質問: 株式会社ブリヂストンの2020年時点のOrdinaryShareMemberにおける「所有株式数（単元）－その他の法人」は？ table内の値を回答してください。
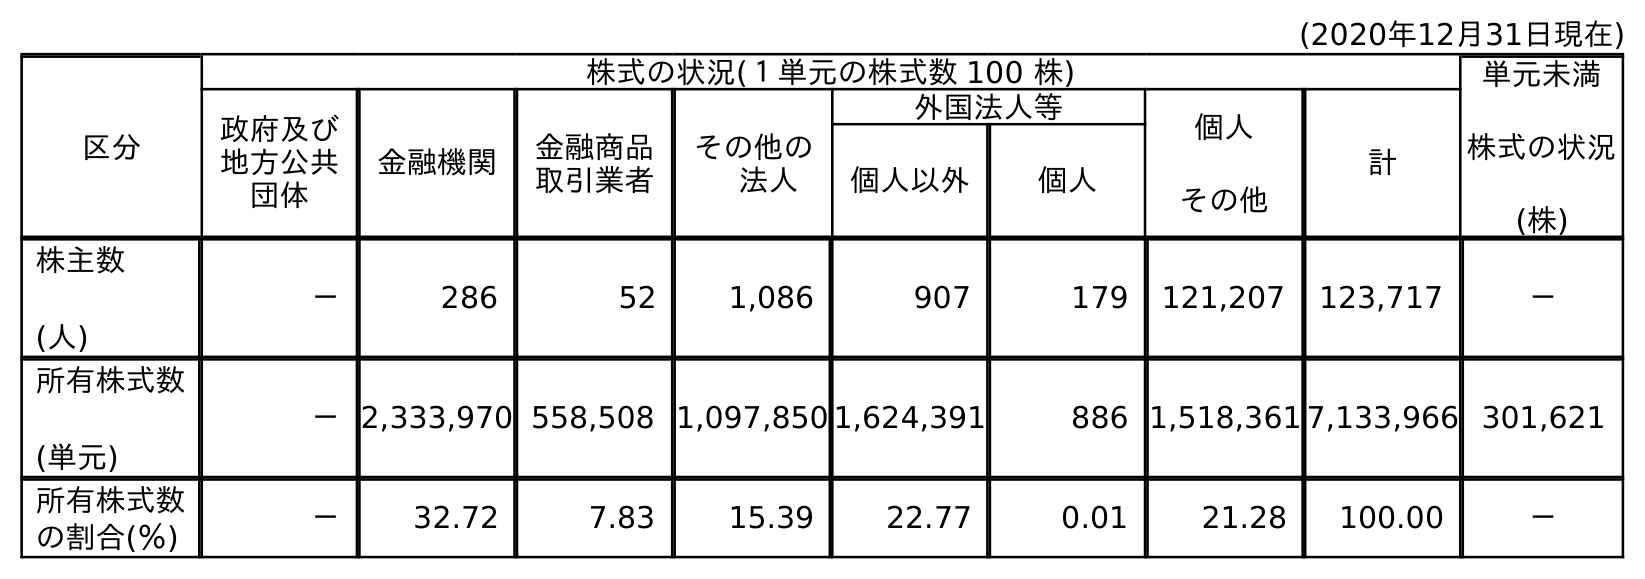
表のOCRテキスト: (2020年12月31日現在) 区分 株式の状況(１単元の株式数 100 株) 単元未満 株式の状況 (株) 政府及び 地方公共 団体 金融機関 金融商品 取引業者 その他の  法人 外国法人等 個人 その他 計 個人以外 個人 株主数 (人) － 286 52 1,086 907 179 121,207 123,717 － 所有株式数 (単元) －2,333,970 558,508 1,097,850 1,624,391 886 1,518,361 7,133,966 301,621 所有株式数 の割合(％) － 32.72 7.83 15.39 22.77 0.01 21.28 100.00 －
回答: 1,097,850